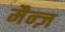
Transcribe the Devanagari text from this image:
मैन्ज़